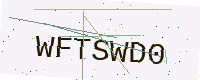
Text: WFTSWD0